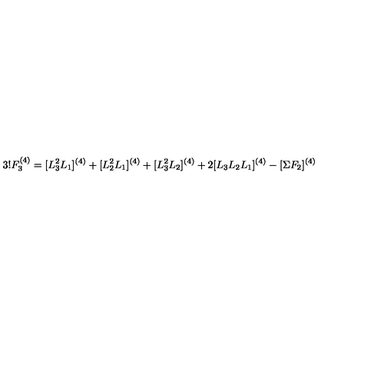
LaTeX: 3 ! F _ { 3 } ^ { ( 4 ) } = [ L _ { 3 } ^ { 2 } L _ { 1 } ] ^ { ( 4 ) } + [ L _ { 2 } ^ { 2 } L _ { 1 } ] ^ { ( 4 ) } + [ L _ { 3 } ^ { 2 } L _ { 2 } ] ^ { ( 4 ) } + 2 [ L _ { 3 } L _ { 2 } L _ { 1 } ] ^ { ( 4 ) } - [ \Sigma F _ { 2 } ] ^ { ( 4 ) }